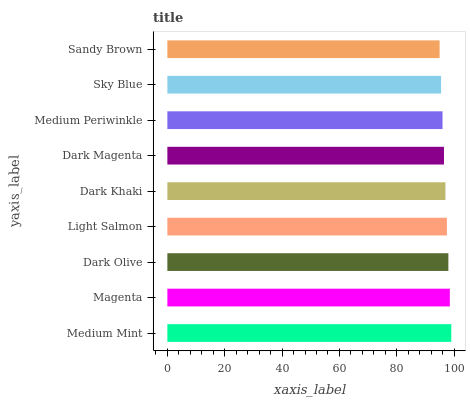
| yaxis_label | bars |
 | --- | --- |
 | Medium Mint | 99 |
 | Magenta | 98.5 |
 | Dark Olive | 98 |
 | Light Salmon | 97.5 |
 | Dark Khaki | 97 |
 | Dark Magenta | 96.4 |
 | Medium Periwinkle | 95.9 |
 | Sky Blue | 95.4 |
 | Sandy Brown | 94.9 |